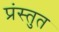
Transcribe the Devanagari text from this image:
प्रंस्तुत